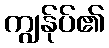
ကျွန်ုပ်၏